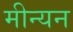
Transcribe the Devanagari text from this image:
मीन्यन